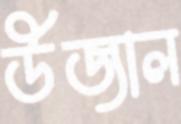
উজাল